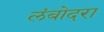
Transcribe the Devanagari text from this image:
लंबोदरा